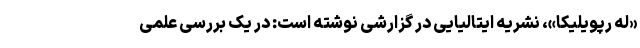
«له رپویلیکا»، نشریه ایتالیایی در گزارشی نوشته است: در یک بررسی علمی